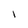
Character: 1